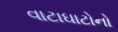
વાટાઘાટોનો